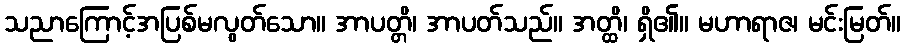
သညာကြောင့်အပြစ်မလွတ်သော။ အာပတ္တိ၊ အာပတ်သည်။ အတ္ထိ၊ ရှိ၏။ မဟာရာဇ၊ မင်းမြတ်။